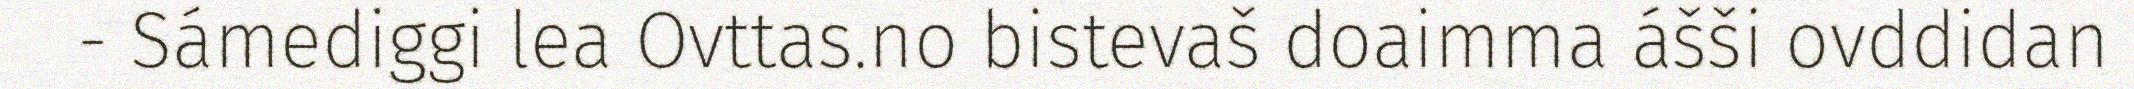
- Sámediggi lea Ovttas.no bistevaš doaimma ášši ovddidan